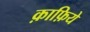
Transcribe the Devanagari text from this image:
क़ाफ़िये